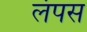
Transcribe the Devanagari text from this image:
लंपस